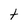
Character: t